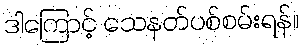
ဒါကြောင့် သေနတ်ပစ်စမ်းရန်။